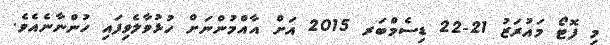
މި ފޮޓޯ މައުރަޒު 21-22 ޑިސެމްބަރ 2015 އަށް އާއްމުންނަށް ހުޅުވާލެވިފައި ހުންނާނެއެވެ.